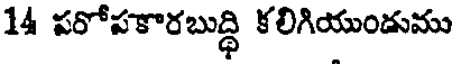
14 పరోపకారబుద్ధి కలిగియుండుము